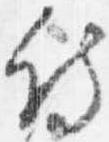
侍